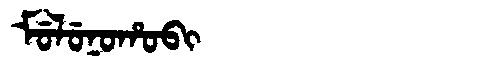
Manchu: ᠮᡠᠯᡠᠨᠣᡥᠣᠪᡳ
Romanization: MULUNOHOBI